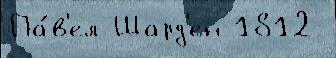
Па́в'ел Шард'ен 1812